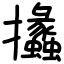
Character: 攭